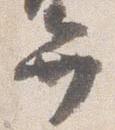
弁